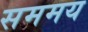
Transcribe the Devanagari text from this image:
सममय